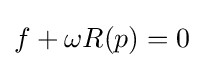
f+\omega R(p)=0